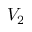
V _ { 2 }